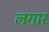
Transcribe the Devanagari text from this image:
लगार